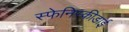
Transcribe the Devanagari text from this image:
स्फेनिस्कीडाई